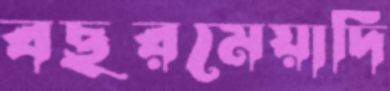
বছরমেয়াদি